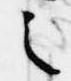
之